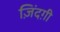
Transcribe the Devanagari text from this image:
ज़िंदग़ी